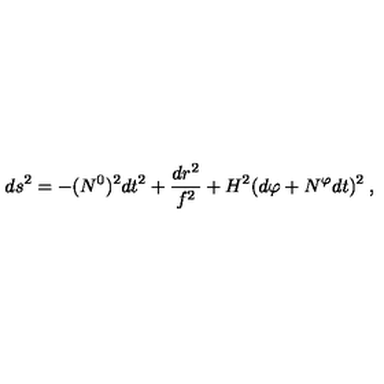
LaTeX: d s ^ { 2 } = - ( N ^ { 0 } ) ^ { 2 } d t ^ { 2 } + \frac { d r ^ { 2 } } { f ^ { 2 } } + H ^ { 2 } ( d \varphi + N ^ { \varphi } d t ) ^ { 2 } \: ,